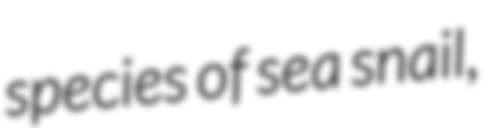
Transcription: species of sea snail,